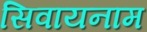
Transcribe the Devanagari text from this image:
सिवायनाम